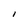
Character: I